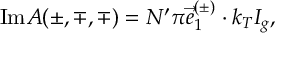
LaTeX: \mathrm { I m } { \cal A } ( \pm , \mp , \mp ) = { \cal N } ^ { \prime } \pi \vec { e } _ { 1 } ^ { ( \pm ) } \cdot k _ { T } { \cal I } _ { g } ,